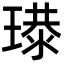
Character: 𤨶